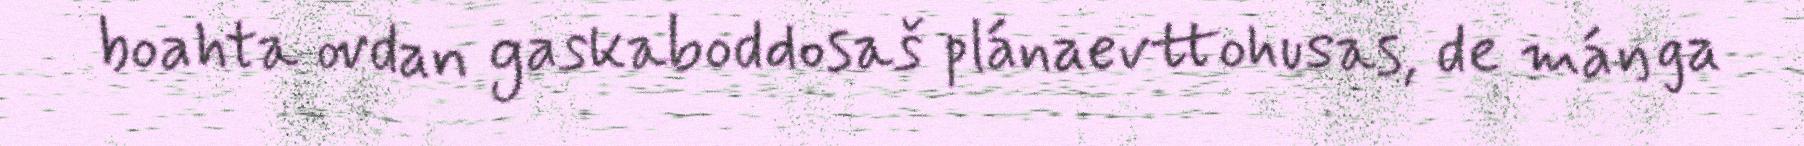
boahta ovdan gaskaboddosaš plánaevttohusas, de máŋga